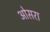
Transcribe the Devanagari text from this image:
ओसरा